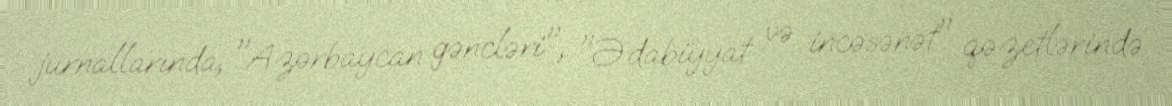
jurnallarında, "Azərbaycan gəncləri", "Ədabiyyat və incəsənət" qəzetlərində